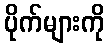
ပိုက်များကို